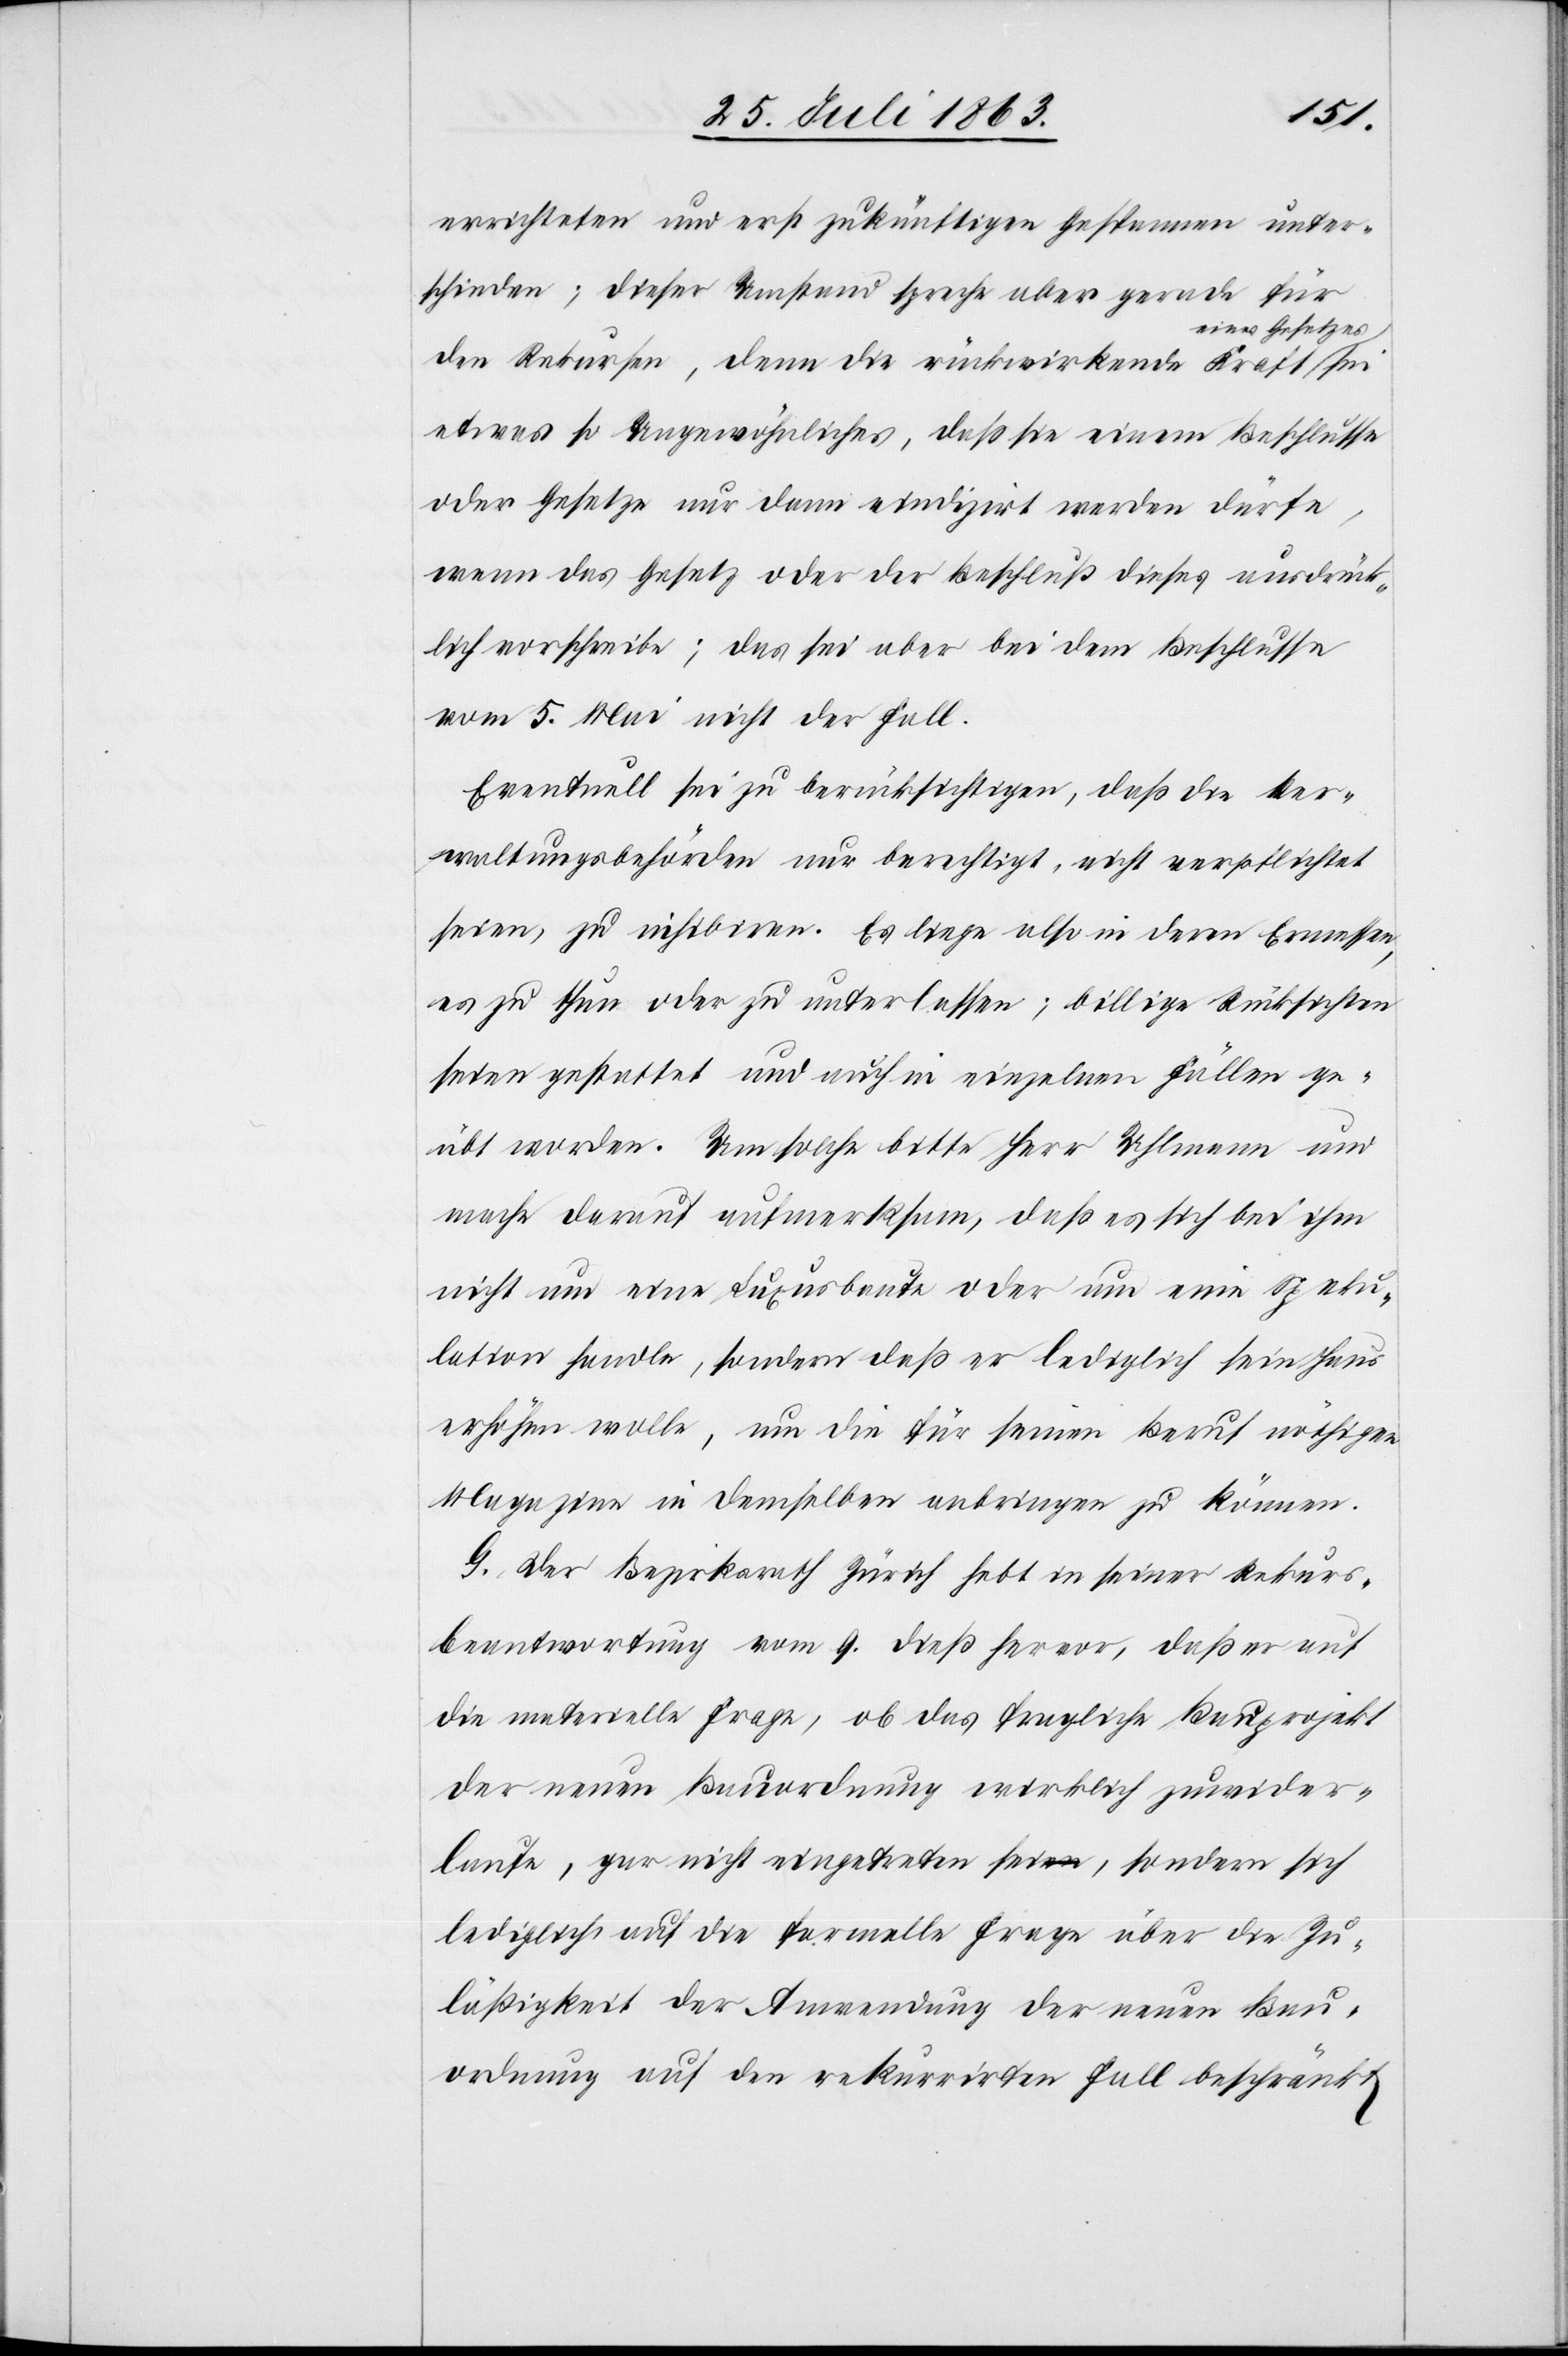
errichteten und erst zukünftigen Gespannen unter¬
schieden; dieser Umstand spreche aber gerade für
ines Gesetzes-a
den Rekursen, denn die rückwirkende Kraft a-e¬
etwas so Ungewöhnliches, daß sie einem Beschlusse
oder Gesetze nur dann vindizirt werden dürfe,
wenn das Gesetz oder der Beschluß dieses ausdrück¬
lich vorschreibe; das sei aber bei dem Beschlusse
vom 5. Mai nicht der Fall.
Eventuell sei zu berücksichtigen, daß die Ver¬
waltungsbehörden nur berechtigt, nicht verpflichtet
seien, zu inhibiren. Es liege also in deren Ermessen,
es zu thun oder zu unterlassen; billige Rücksichten
seien gestattet und auch in einzelnen Fällen ge¬
übt worden. Um solche bitte Herr Uhlmann und
mache darauf aufmerksam, daß es sich bei ihm
nicht um eine Luxusbaute oder um eine Speku¬
lation handle, sondern daß er lediglich sein Haus
erhöhen wolle, um die für seinen Beruf nöthigen
Magazine in demselben anbringen zu können.
G. Der Bezirksrath Zürich hebt in seiner Rekurs¬
beantwortung vom 9. dieß hervor, daß er auf
die materielle Frage, ob das fragliche Bauprojekt
der neuen Bauordnung wirklich zuwider¬
laufe, gar nicht eingetreten sei, sondern sich
lediglich auf die formelle Frage über die Zu¬
läßigkeit der Anwendung der neuen Bau¬
ordnung auf den rekurrirten Fall beschränkt